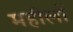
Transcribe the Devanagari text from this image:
महीलों